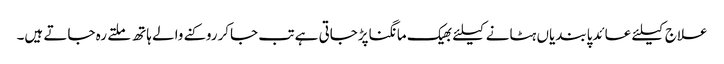
علاج کیلئے عائدپابندیاں ہٹانے کیلئے بھیک مانگناپڑجاتی ہے تب جاکرروکنے والے ہاتھ ملتے رہ جاتے ہیں۔